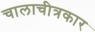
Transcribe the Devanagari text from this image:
चालाचीत्रकार